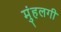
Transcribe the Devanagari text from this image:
मुंहलगी